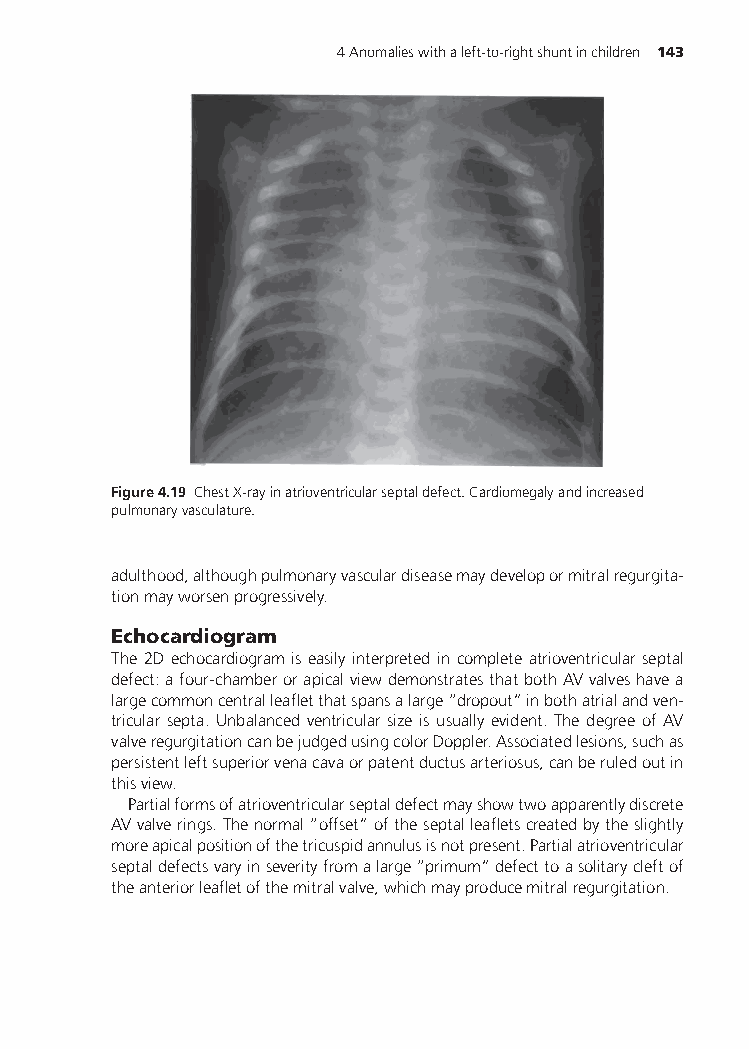
4Anomalieswithaleft-to-rightshuntinchildren 143
 Figure4.19 ChestX-rayinatrioventricularseptaldefect.Cardiomegalyandincreased
 pulmonaryvasculature.
 adulthood,althoughpulmonaryvasculardiseasemaydevelopormitralregurgita-
 tionmayworsenprogressively.
 Echocardiogram
 The 2D echocardiogram is easily interpreted in complete atrioventricular septal
 defect:afour-chamberorapicalviewdemonstratesthatbothAVvalveshavea
 largecommoncentralleafletthatspansalarge“dropout”inbothatrialandven-
 tricular septa. Unbalanced ventricular size is usually evident. The degree of AV
 valveregurgitationcanbejudgedusingcolorDoppler.Associatedlesions,suchas
 persistentleftsuperiorvenacavaorpatentductusarteriosus,canberuledoutin
 thisview.
 Partialformsofatrioventricularseptaldefectmayshowtwoapparentlydiscrete
 AVvalverings.Thenormal“offset”oftheseptalleafletscreatedbytheslightly
 moreapicalpositionofthetricuspidannulusisnotpresent.Partialatrioventricular
 septaldefectsvaryinseverityfromalarge“primum”defecttoasolitarycleftof
 theanteriorleafletofthemitralvalve,whichmayproducemitralregurgitation.